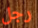
رجل